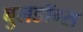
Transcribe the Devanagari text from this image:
बुलडॉग्स